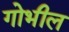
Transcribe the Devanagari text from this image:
गोभील